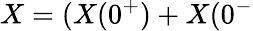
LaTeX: X=(X(0^{+})+X(0^{-}